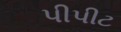
પીપીટ